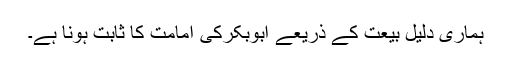
ہماری دلیل بیعت کے ذریعے ابوبکرکی امامت کا ثابت ہونا ہے۔